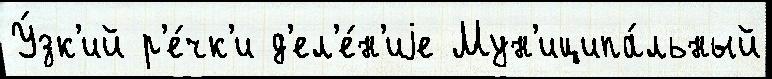
У́зк'ий р'е́чк'и д'ел'е́н'иjе Мун'иципа́льный